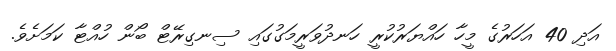
އަދި 40 އަހަރުގެ މީހާ ހައްޔަރުކުރީ ހަނދުވަރީމަގުގައި ސިނގިރޭޓް ބޯން ހުއްޓާ ކަަމަށެވެ.